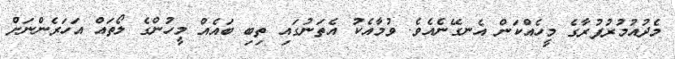
މެދުއުމުރުފުރާގެ މީހެއްކަން އެނގޭނެއެވެ. ވުމާއެކު އެތަނުގައި ތިބި ބައެއް މީހުންގެ ލޯތައް އަހަރެންނަށް